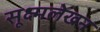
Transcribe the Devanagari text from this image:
सूक्ष्मलेखन